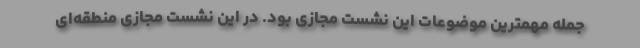
جمله مهمترین موضوعات این نشست مجازی بود. در این نشست مجازیِ منطقه‌ای‌